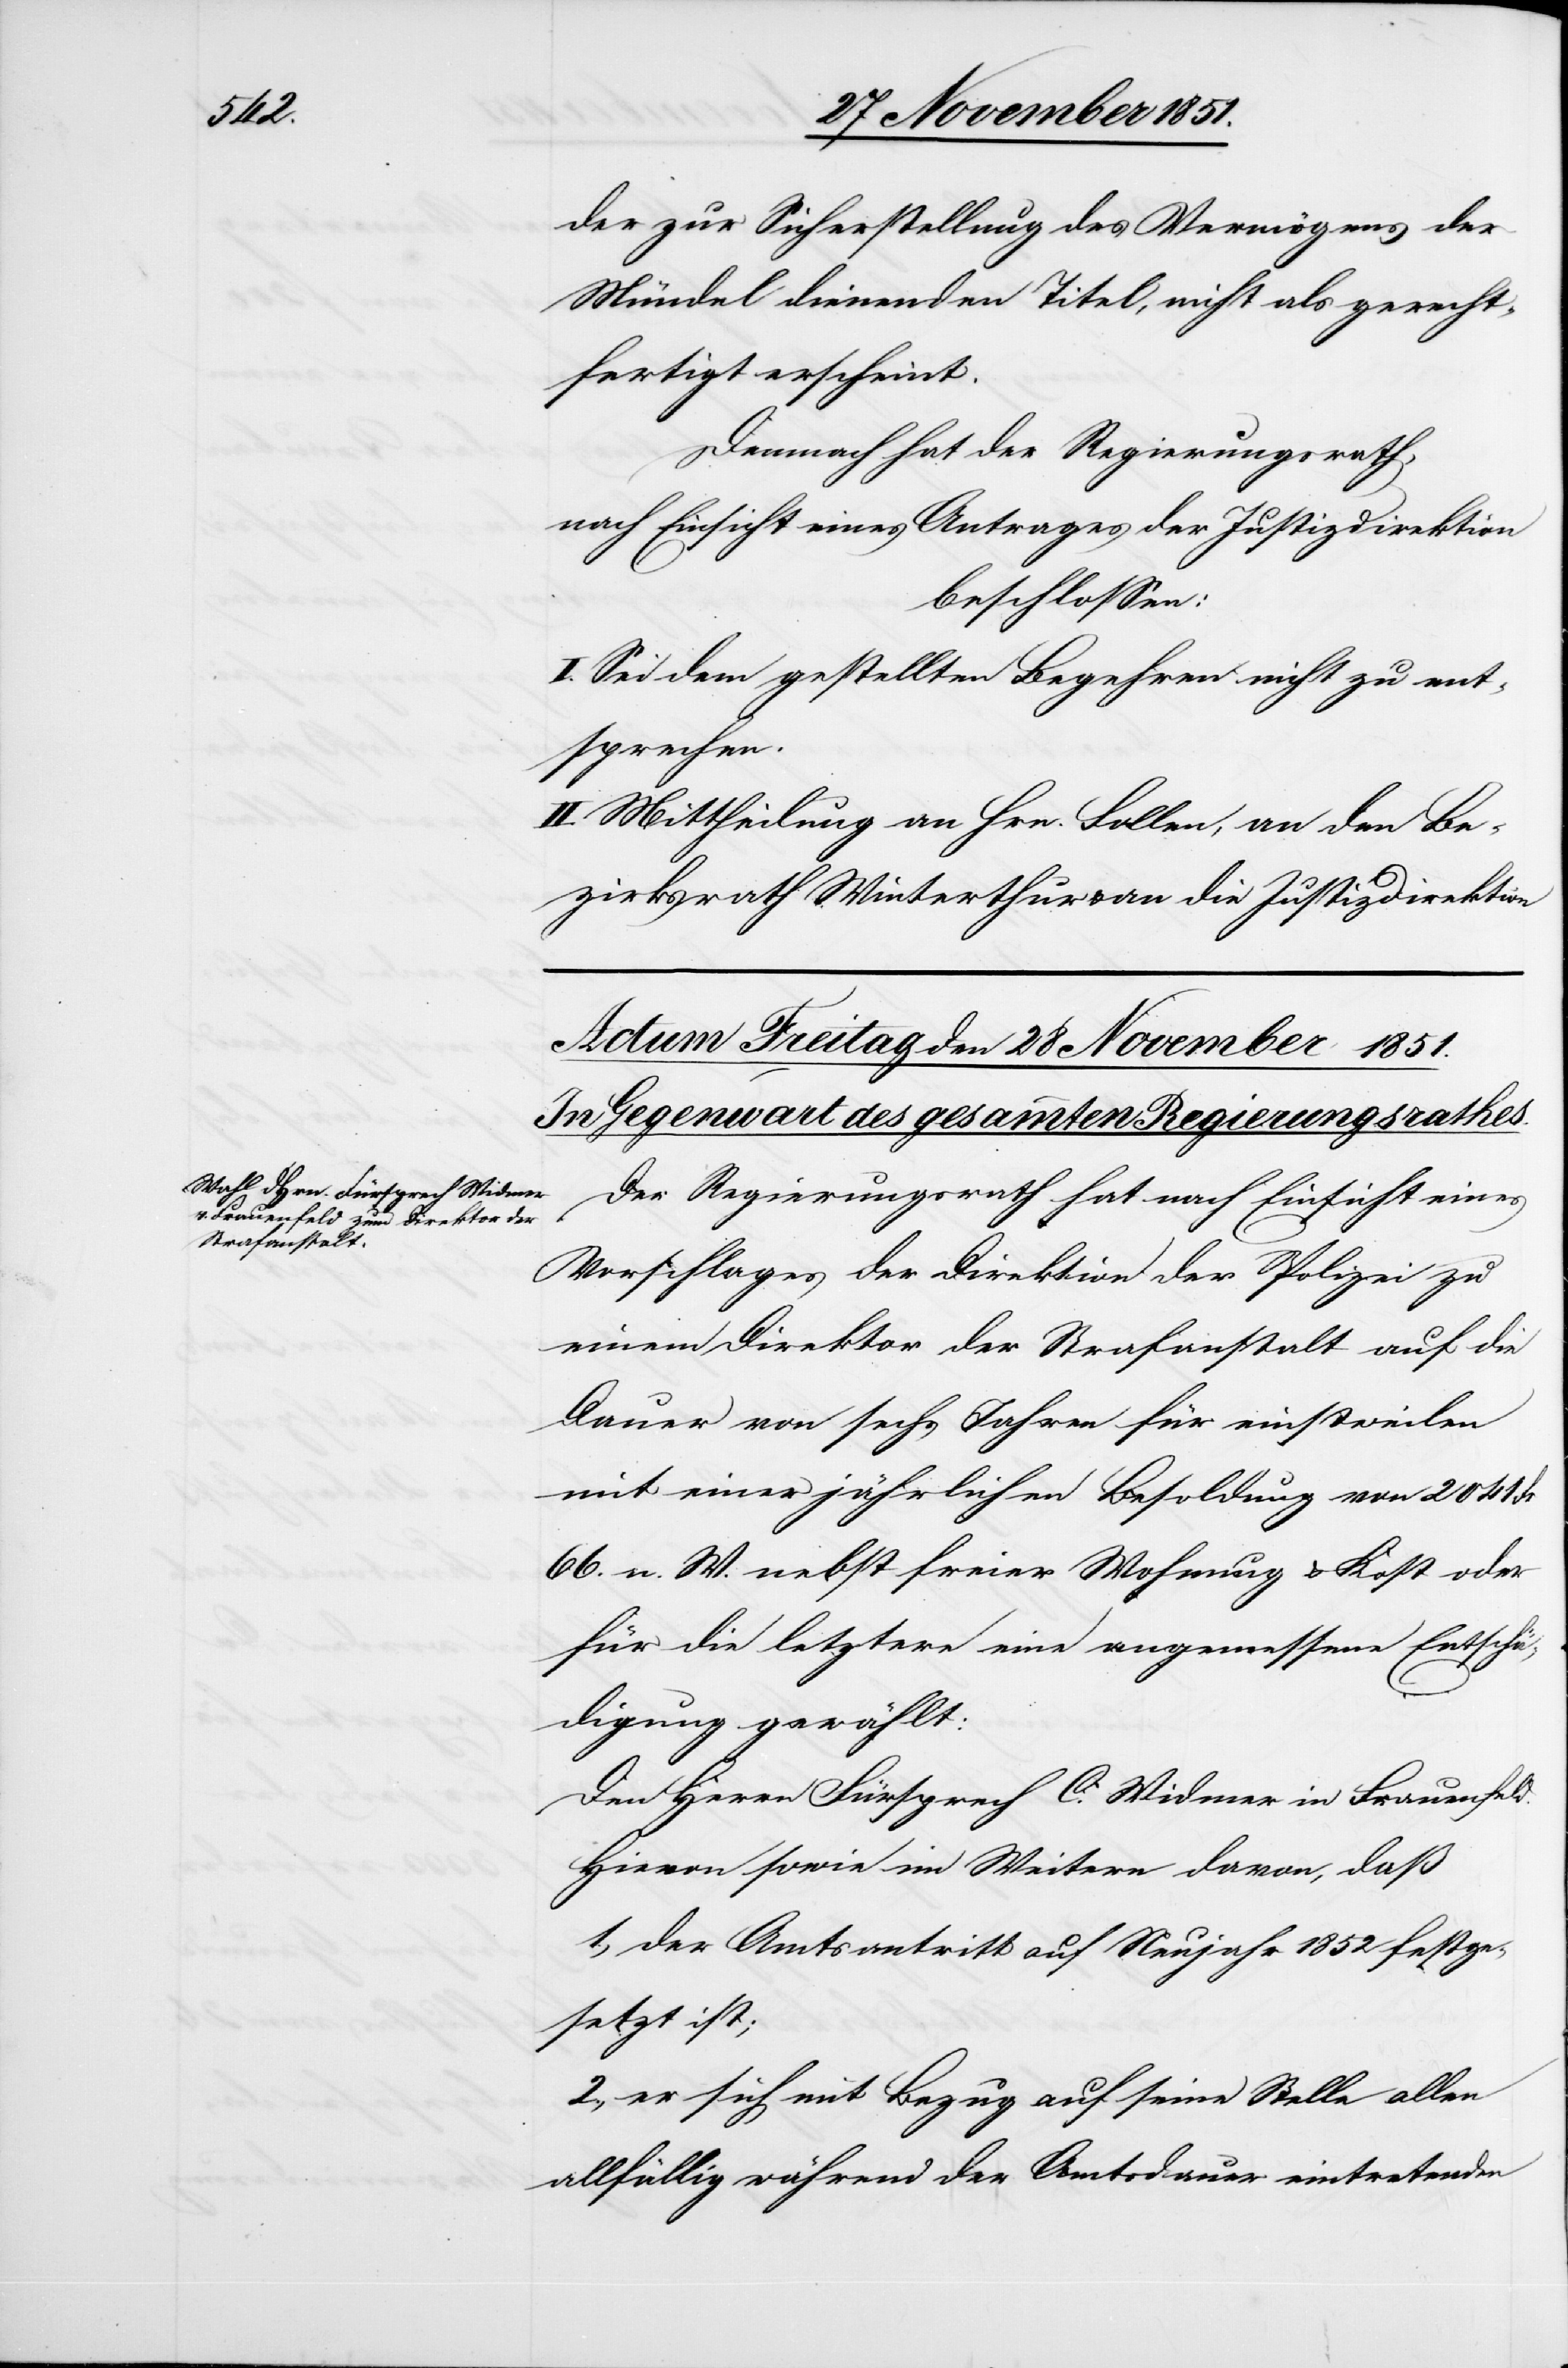
n[.]

der zur Sicherstellung des Vermögens der
Mündel dienenden Titel, nicht als gerecht¬
fertigt erscheint.
Demnach hat der Regierungsrath,
nach Einsicht eines Antrages der Justizdirektion
beschlossen:
I. Sei dem gestellten Begehren nicht zu ent¬
sprechen.
II. Mittheilung an Hrn. Follen, an den Be¬
zirksrath Winterthur & an die Justizdirektio¬
Der Regierungsrath hat nach Einsicht eines
Vorschlages der Direktion der Polizei zu
einem Direktor der Strafanstalt auf die
Dauer von sechs Jahren für einstweilen
mit einer jährlichen Besoldung von 2041 Fr
66. n. W. nebst freier Wohnung & Kost oder
für die letztere eine angemessene Entschä¬
digung gewählt:
Den Herrn Fürsprech C. Widmer in Frauenfeld.
Hievon sowie im Weitern davon, daß
1., der Amtsantritt auf Neujahr 1852 festge¬
setzt ist;
2., er sich mit Bezug auf seine Stelle allen
allfällig während der Amtsdauer eintretenden